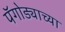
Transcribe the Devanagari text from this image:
पॅगोड्याच्या